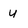
Character: u